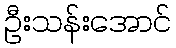
ဦးသန်းအောင်